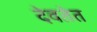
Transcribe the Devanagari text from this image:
देवतेत